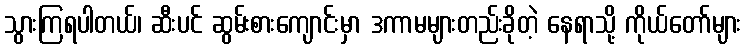
သွားကြရပါတယ်၊ ဆီးပင် ဆွမ်းစားကျောင်းမှာ ဒကာမများတည်းခိုတဲ့ နေရာသို့ ကိုယ်တော်များ